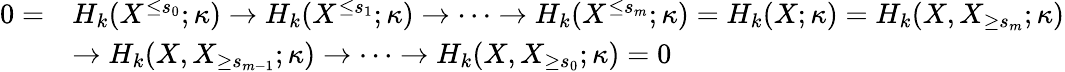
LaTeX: \begin{array}{rl}{0=}&{H_{k}(X^{\leq s_{0}};\kappa)\to H_{k}(X^{\leq s_{1}};\kappa)\to\cdots\to H_{k}(X^{\leq s_{m}};\kappa)=H_{k}(X;\kappa)=H_{k}(X,X_{\geq s_{m}};\kappa)}\\ &{\to H_{k}(X,X_{\geq s_{m-1}};\kappa)\to\cdots\to H_{k}(X,X_{\geq s_{0}};\kappa)=0}\end{array}